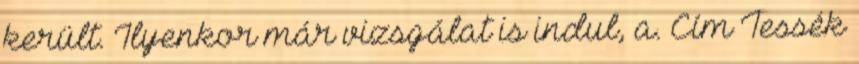
került. Ilyenkor már vizsgálat is indul, a. Cím Tessék